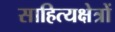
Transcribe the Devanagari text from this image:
साहित्यक्षेत्रों